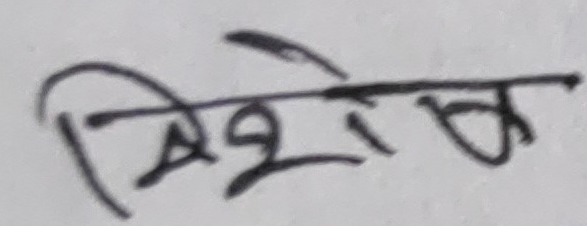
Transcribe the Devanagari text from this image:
विशेष